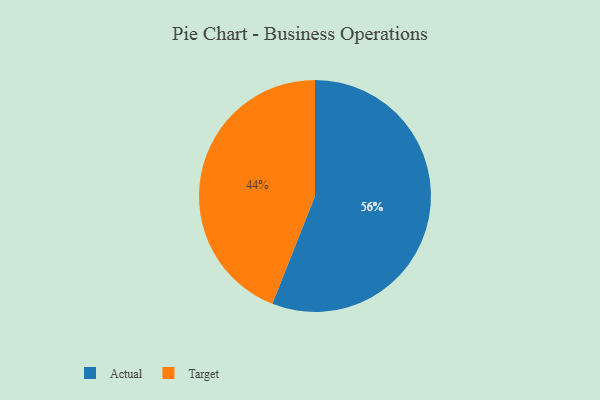
{"axis": {"x": "Category", "y": "Percentage"}, "legend": ["Actual", "Target"], "data": [{"x": "Target", "y": 44, "type": "Target"}, {"x": "Actual", "y": 56, "type": "Actual"}]}